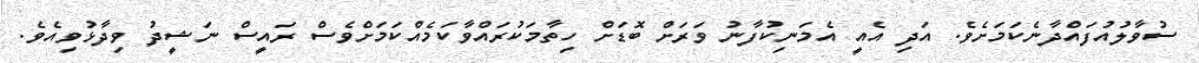
ސުވާލުއުފައްދާނެކަމަށެވެ. އަދި އެއީ އެމަނިކުފާނު ވަރަށް ބޮޑަށް ހިތާމަކުރައްވާކަމެއްކަމަށްވެސް ރައީސް ނަޝީދު ވިދާޅުވިއެވެ.